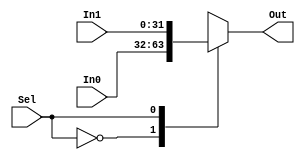
//ALUSrcA, ALUOSrc
module mux_2x1_32_32(Out,Sel,In0,In1); 

input [31:0] In0,In1; //entradas de 32 bits
input Sel; //seletor de 1 bit
output [31:0] Out; //saida de 32 bits

reg [31:0] Out; 

//Check the state of the input lines 

always @ (In0 or In1 or Sel) 

begin 

 case (Sel) 

  1'b0 : Out = In0; 

  1'b1 : Out = In1; 

  default : Out = 31'bx; 

  //If input is undefined then output is undefined 

 endcase 

end  

endmodule